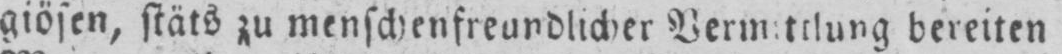
bereiten